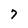
Character: 7